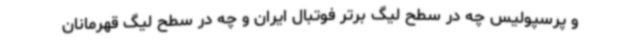
و پرسپولیس چه در سطح لیگ برتر فوتبال ایران و چه در سطح لیگ قهرمانان